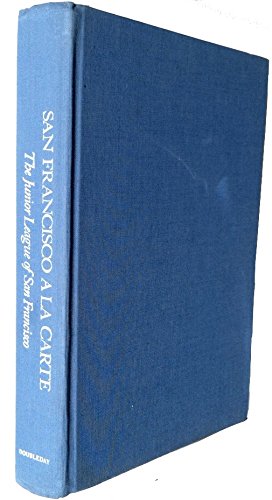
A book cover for San Francisco a la Carte; Junior League San Francisco; Cookbooks, Food & Wine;